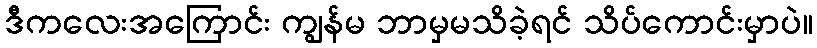
ဒီကလေးအကြောင်း ကျွန်မ ဘာမှမသိခဲ့ရင် သိပ်ကောင်းမှာပဲ။